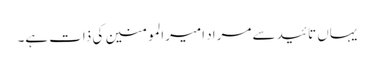
یہاں تائید سے مراد امیرالمومنین کی ذات ہے۔